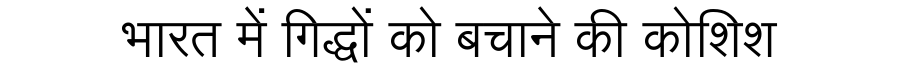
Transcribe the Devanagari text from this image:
भारत में गिद्धों को बचाने की कोशिश